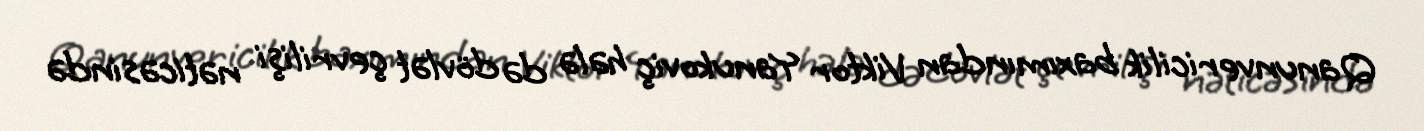
Qanunvericilik baxımından Viktor Yanukoviç hələ də dövlət çevrilişi nəticəsində